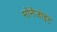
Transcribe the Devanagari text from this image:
मोनेजाइट